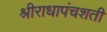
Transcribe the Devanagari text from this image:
श्रीराधापंचशती